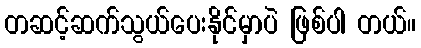
တဆင့်ဆက်သွယ်ပေးနိုင်မှာပဲ ဖြစ်ပါ တယ်။